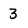
Character: 3